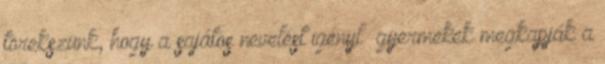
törekszünk, hogy a sajátos nevelést igénylı gyermekek megkapják a